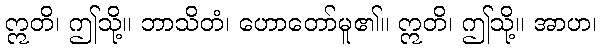
ဣတိ၊ ဤသို့။ ဘာသိတံ၊ ဟောတော်မူ၏။ ဣတိ၊ ဤသို့။ အာဟ၊